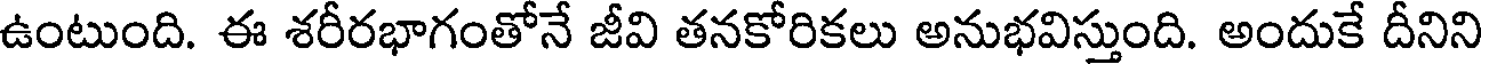
ఉంటుంది. ఈ శరీరభాగంతోనే జీవి తనకోరికలు అనుభవిస్తుంది. అందుకే దీనిని